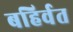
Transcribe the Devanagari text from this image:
बहिर्वत